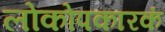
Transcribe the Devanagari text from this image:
लोकोपकारकं